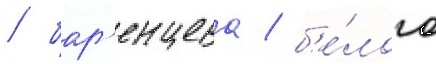
/ бар'енцева / б'е́лого